Newspaper: Daily State sentinel. [volume]
Place of publication: Indianapolis, Ind.
Publisher: Bingham & Doughty
Date: 1865-08-21 00:00:00
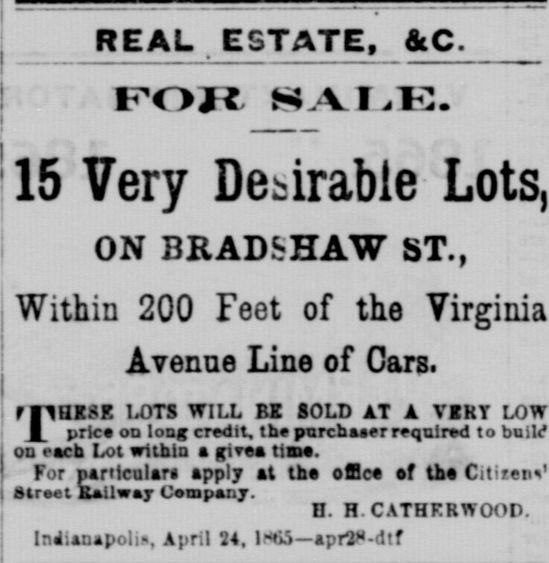
Advertisement text (OCR):
REAL ESTATE, 6cC. FOR 15 Very Desirable Lots, ON BRAD SHAW ST., Within 200 Feet of the Virginia Avenue Line of Cars. rilUKSE LOTS WILL EZ SOLD AT A VIRT LOW J price on long credit, tbe purchaser required to buill on each Lot wltbta a givea time. For particulars apply at the office ef the Cititen' Street fcailwar Cempany. ü. H.CATHF.RVFOOD. Inaianapolis, April 24, l-tü apr2"-dtf
Label: text-only